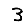
Digit: 3